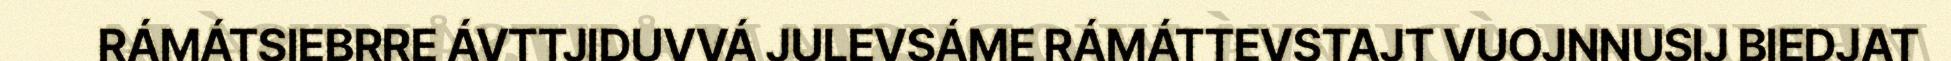
RÁMÁTSIEBRRE ÁVTTJIDUVVÁ JULEVSÁME RÁMÁTTEVSTAJT VUOJNNUSIJ BIEDJAT